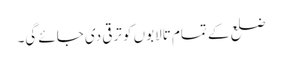
ضلع کے تمام تالابوں کو ترقی دی جائے گی۔